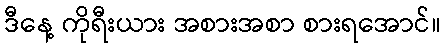
ဒီနေ့ ကိုရီးယား အစားအစာ စားရအောင်။